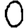
Digit: 0